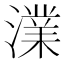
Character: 澲